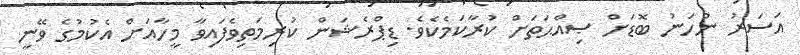
އަސަރު ނުހަނު ބޮޑަށް ޞިއްޙަތަށް ކުރާކަމެކެވެ. ޑިޕްރެޝަން ކުރިމަތިވެފައިވާ މީހާއަށް އެކުމުގެ ވޭނީ